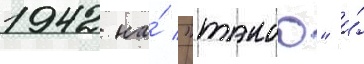
1942 на́ "такао" и́